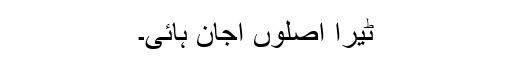
ٹیرا اصلوں اجان ہائی۔